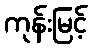
ကုန်းမြင့်